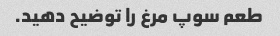
طعم سوپ مرغ را توضیح دهید.